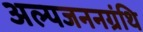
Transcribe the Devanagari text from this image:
अल्पजननग्रंथि